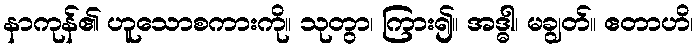
နာကုန်၏ ဟူသောစကားကို။ သုတွာ၊ ကြား၍။ အဒ္ဓါ၊ မချွတ်။ ဧတာဟိ၊